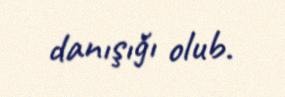
danışığı olub.